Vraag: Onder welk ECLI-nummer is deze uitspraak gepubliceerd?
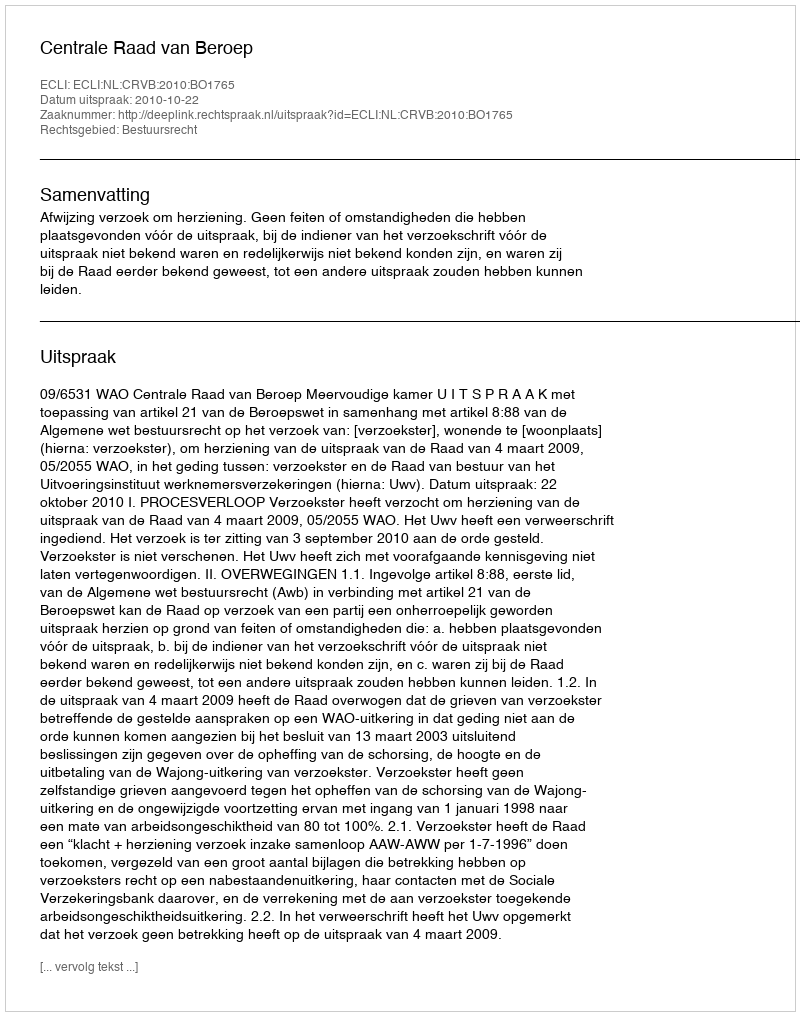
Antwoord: ECLI:NL:CRVB:2010:BO1765